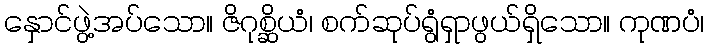
နှောင်ဖွဲ့အပ်သော။ ဇိဂုစ္ဆိယံ၊ စက်ဆုပ်ရွံရှာဖွယ်ရှိသော။ ကုဏပံ၊